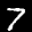
Label: 7